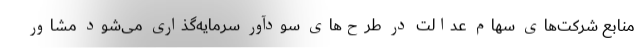
منابع شرکت‌های سهام عدالت در طرح‌های سودآور سرمایه‌گذاری می‌شود مشاور